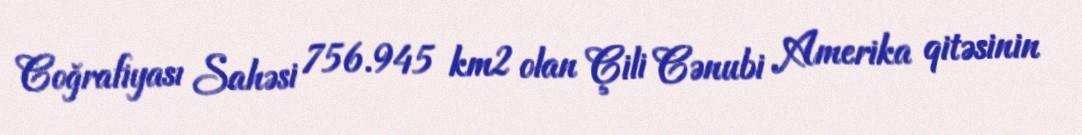
Coğrafiyası Sahəsi 756.945 km2 olan Çili Cənubi Amerika qitəsinin